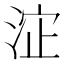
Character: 𱦬